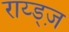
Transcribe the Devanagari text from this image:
राय्ड्ज़